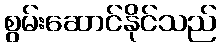
စွမ်းဆောင်နိုင်သည်